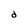
Character: d